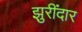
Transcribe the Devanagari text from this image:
झुरींदार